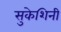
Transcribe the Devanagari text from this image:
सुकेशिनी